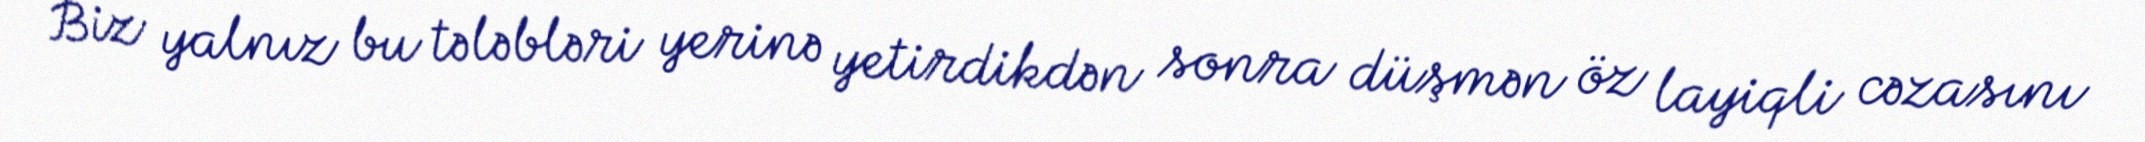
Biz yalnız bu tələbləri yerinə yetirdikdən sonra düşmən öz layiqli cəzasını